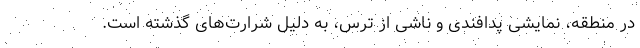
در منطقه، نمایشی پدافندی و ناشی از ترس، به دلیل شرارت‌های گذشته است.